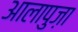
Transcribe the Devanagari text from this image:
आलापुज़ा